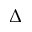
\Delta